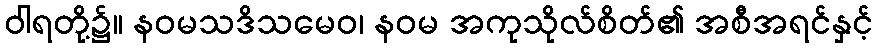
ဝါရတို့၌။ နဝမသဒိသမေဝ၊ နဝမ အကုသိုလ်စိတ်၏ အစီအရင်နှင့်